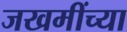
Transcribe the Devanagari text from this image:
जखमींच्या